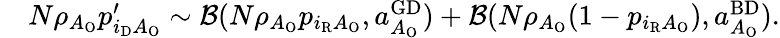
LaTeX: \begin{array}{rl}&{N\rho_{A_{\mathrm{O}}}p_{i_{\mathrm{D}}A_{\mathrm{O}}}^{\prime}\sim{\cal B}(N\rho_{A_{\mathrm{O}}}p_{i_{\mathrm{R}}A_{\mathrm{O}}},a_{A_{\mathrm{O}}}^{\mathrm{GD}})+{\cal B}(N\rho_{A_{\mathrm{O}}}(1-p_{i_{\mathrm{R}}A_{\mathrm{O}}}),a_{A_{\mathrm{O}}}^{\mathrm{BD}}).}\end{array}